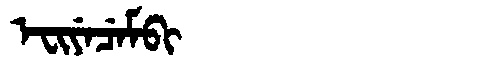
Manchu: ᡝᠸᡳᠶᡝᠴᡝᠮᠪᡳ
Romanization: EFIYECEMBI